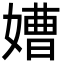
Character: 㜖